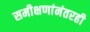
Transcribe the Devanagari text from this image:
समीक्षणांनंतरही